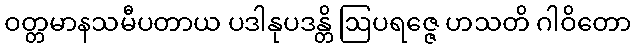
ဝတ္တမာနသမီပတာယ ပဒါနုပဒန္တိ ဩပရဇ္ဇေ ဟသတိ ဂါဝိတော